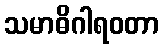
သမာဓိဂါရဝတာ